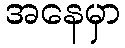
အနေမှာ